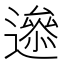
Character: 𨗘